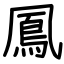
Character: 鳳